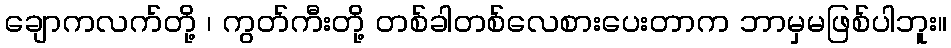
ချောကလက်တို့ ၊ ကွတ်ကီးတို့ တစ်ခါတစ်လေစားပေးတာက ဘာမှမဖြစ်ပါဘူး။